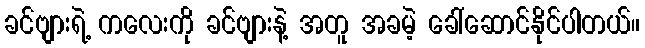
ခင်ဗျားရဲ့ ကလေးကို ခင်ဗျားနဲ့ အတူ အခမဲ့ ခေါ်ဆောင်နိုင်ပါတယ်။